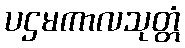
ပဌမကာလသုတ္တံ